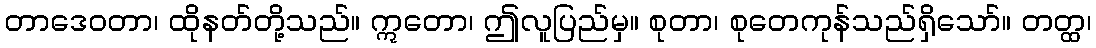
တာဒေဝတာ၊ ထိုနတ်တို့သည်။ ဣတော၊ ဤလူပြည်မှ။ စုတာ၊ စုတေကုန်သည်ရှိသော်။ တတ္ထ၊